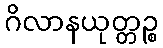
ဂိလာနယုတ္တဉ္စ